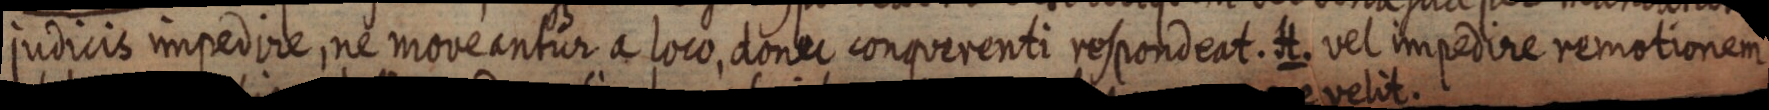
judicis impedire, ne moveantur a loco, donec conquerenti respondeat. H. vel impedire remotionem